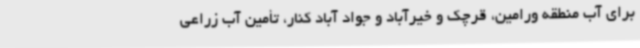
برای آب منطقه ورامین‌، قرچک و خیرآباد و جواد آباد کنار، تأمین آب زراعی